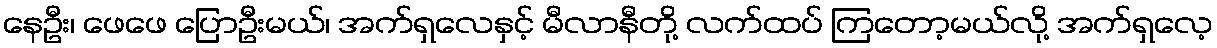
နေဦး၊ ဖေဖေ ပြောဦးမယ်၊ အက်ရှလေနှင့် မီလာနီတို့ လက်ထပ် ကြတော့မယ်လို့ အက်ရှလေ့